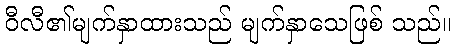
ဝီလီ၏မျက်နှာထားသည် မျက်နှာသေဖြစ် သည်။